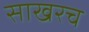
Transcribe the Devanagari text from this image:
साखरच